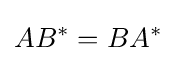
AB^{*}=BA^{*}